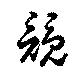
競